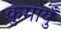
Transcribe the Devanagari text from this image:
कुमायुँ